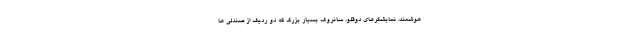
هوشمند، نمایشگرهای دوقلو، سانروف بسیار بزرگ که دو ردیف از صندلی ها